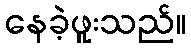
နေခဲ့ဖူးသည်။